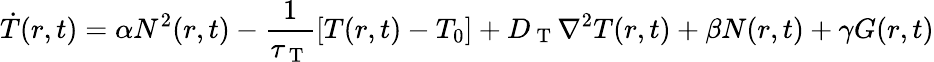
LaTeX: \dot{T}(r,t)=\alpha N^{2}(r,t)-\frac{1}{\tau_{\mathrm{~T~}}}[T(r,t)-T_{0}]+D_{\mathrm{~T~}}\nabla^{2}T(r,t)+\beta N(r,t)+\gamma G(r,t)